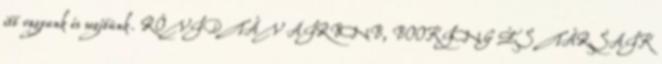
itt vagyunk és segítünk. RÖVIDTÁV AIRBNB, BOOKING ÉS TÁRSAIK